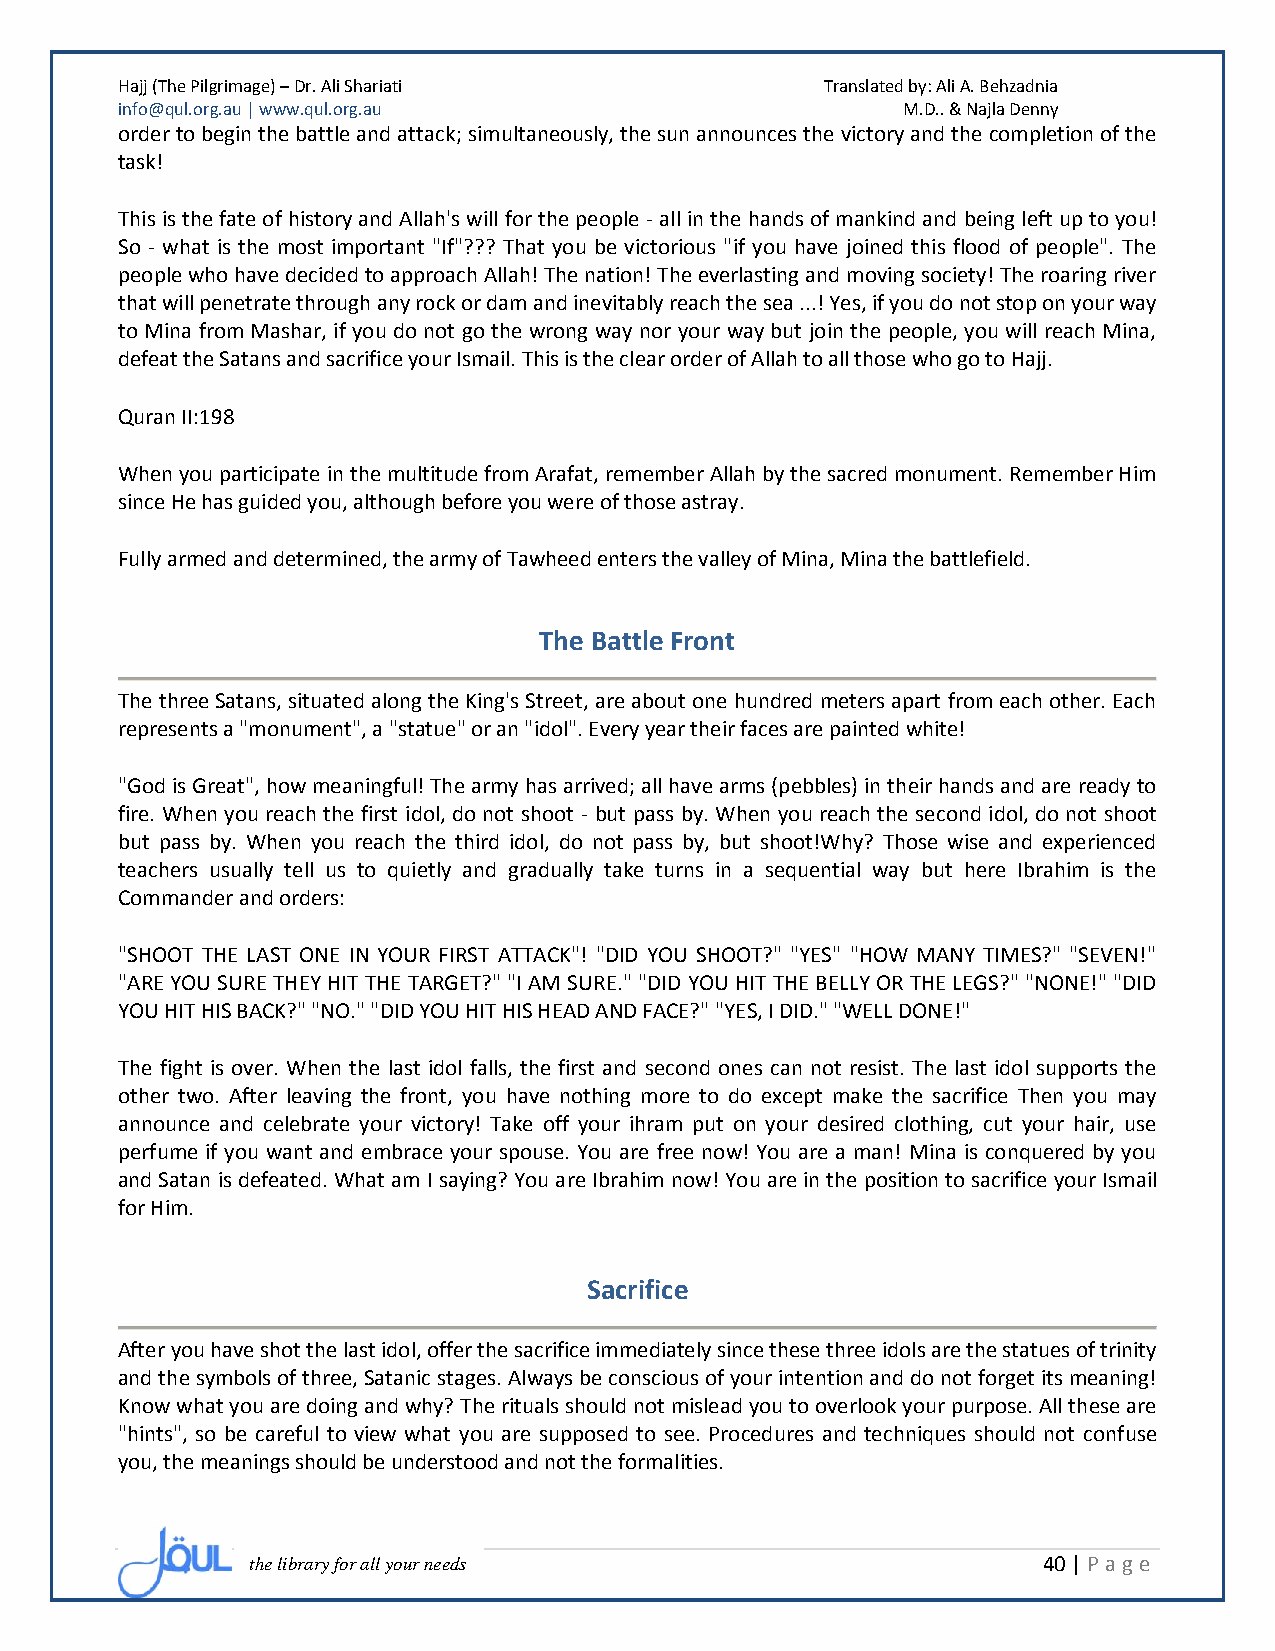
Hajj (The Pilgrimage) – Dr. Ali Shariati       Translated by: Ali A. Behzadnia
 info@qul.org.au | www.qul.org.au                    M.D.. & Najla Denny
 order to begin the battle and attack; simultaneously, the sun announces the victory and the completion of the
 task!
 This is the fate of history and Allah's will for the people - all in the hands of mankind and being left up to you!
 So - what is the most important "If"??? That you be victorious "if you have joined this flood of people". The
 people who have decided to approach Allah! The nation! The everlasting and moving society! The roaring river
 that will penetrate through any rock or dam and inevitably reach the sea ...! Yes, if you do not stop on your way
 to Mina from Mashar, if you do not go the wrong way nor your way but join the people, you will reach Mina,
 defeat the Satans and sacrifice your Ismail. This is the clear order of Allah to all those who go to Hajj.
 Quran II:198
 When you participate in the multitude from Arafat, remember Allah by the sacred monument. Remember Him
 since He has guided you, although before you were of those astray.
 Fully armed and determined, the army of Tawheed enters the valley of Mina, Mina the battlefield.
 The Battle Front
 The three Satans, situated along the King's Street, are about one hundred meters apart from each other. Each
 represents a "monument", a "statue" or an "idol". Every year their faces are painted white!
 "God is Great", how meaningful! The army has arrived; all have arms (pebbles) in their hands and are ready to
 fire. When you reach the first idol, do not shoot - but pass by. When you reach the second idol, do not shoot
 but pass by. When you reach the third idol, do not pass by, but shoot!Why? Those wise and experienced
 teachers usually tell us to quietly and gradually take turns in a sequential way but here Ibrahim is the
 Commander and orders:
 "SHOOT THE LAST ONE IN YOUR FIRST ATTACK"! "DID YOU SHOOT?" "YES" "HOW MANY TIMES?" "SEVEN!"
 "ARE YOU SURE THEY HIT THE TARGET?" "I AM SURE." "DID YOU HIT THE BELLY OR THE LEGS?" "NONE!" "DID
 YOU HIT HIS BACK?" "NO." "DID YOU HIT HIS HEAD AND FACE?" "YES, I DID." "WELL DONE!"
 The fight is over. When the last idol falls, the first and second ones can not resist. The last idol supports the
 other two. After leaving the front, you have nothing more to do except make the sacrifice Then you may
 announce and celebrate your victory! Take off your ihram put on your desired clothing, cut your hair, use
 perfume if you want and embrace your spouse. You are free now! You are a man! Mina is conquered by you
 and Satan is defeated. What am I saying? You are Ibrahim now! You are in the position to sacrifice your Ismail
 for Him.
 Sacrifice
 After you have shot the last idol, offer the sacrifice immediately since these three idols are the statues of trinity
 and the symbols of three, Satanic stages. Always be conscious of your intention and do not forget its meaning!
 Know what you are doing and why? The rituals should not mislead you to overlook your purpose. All these are
 "hints", so be careful to view what you are supposed to see. Procedures and techniques should not confuse
 you, the meanings should be understood and not the formalities.
 the library for all your needs                      40 | P age